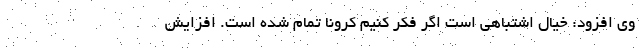
وی افزود: خیال اشتباهی است اگر فکر کنیم کرونا تمام شده است. افزایش